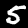
Label: 5